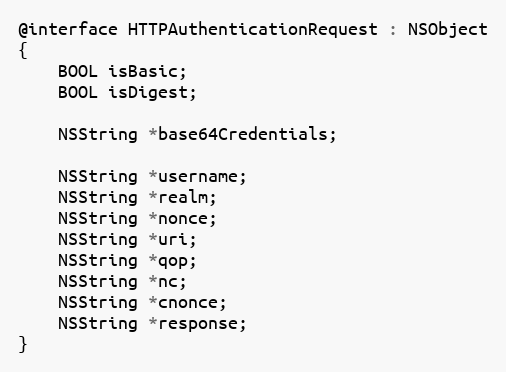
Language: C
@interface HTTPAuthenticationRequest : NSObject
{
    BOOL isBasic;
    BOOL isDigest;

    NSString *base64Credentials;

    NSString *username;
    NSString *realm;
    NSString *nonce;
    NSString *uri;
    NSString *qop;
    NSString *nc;
    NSString *cnonce;
    NSString *response;
}